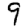
Digit: 9